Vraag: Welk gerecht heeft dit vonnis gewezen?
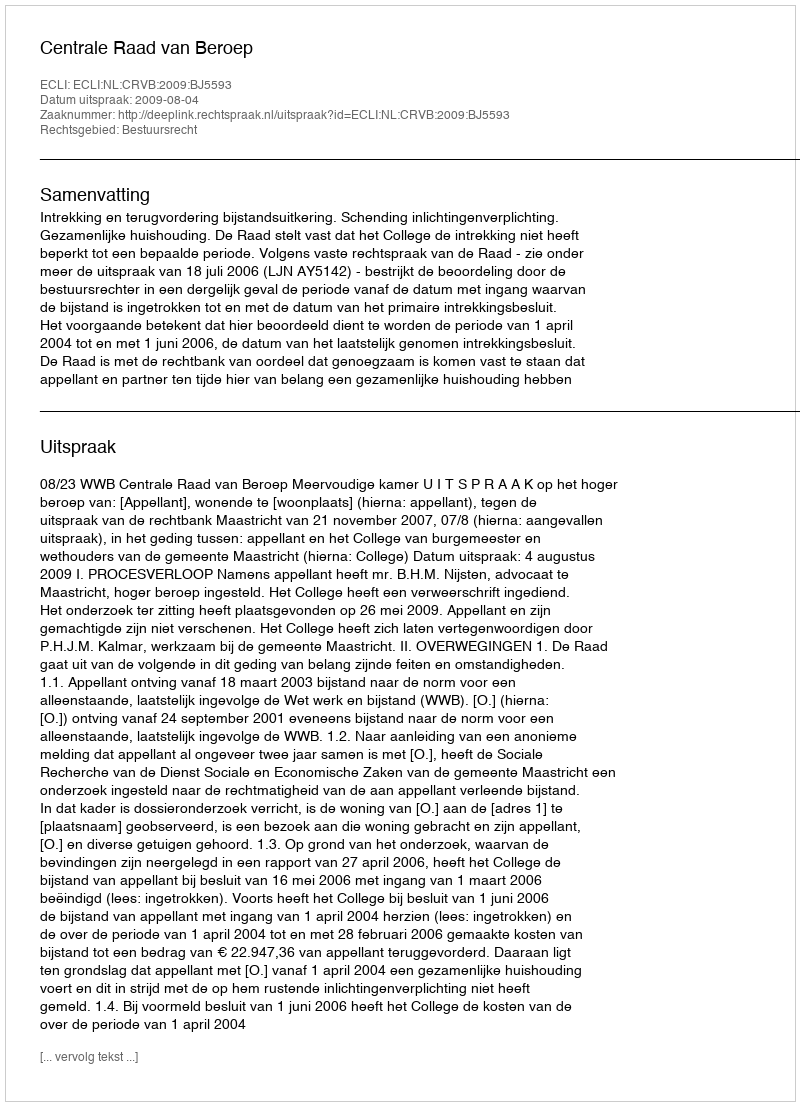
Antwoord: Centrale Raad van Beroep